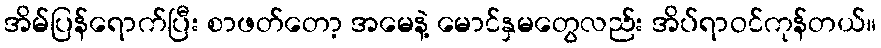
အိမ်ပြန်ရောက်ပြီး စာဖတ်တော့ အမေနဲ့ မောင်နှမတွေလည်း အိပ်ရာဝင်ကုန်တယ်။